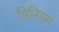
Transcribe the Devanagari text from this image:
मिनियन